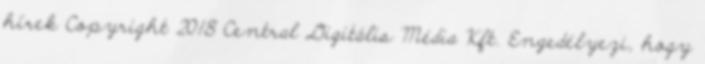
hírek Copyright 2018 Central Digitális Média Kft. Engedélyezi, hogy